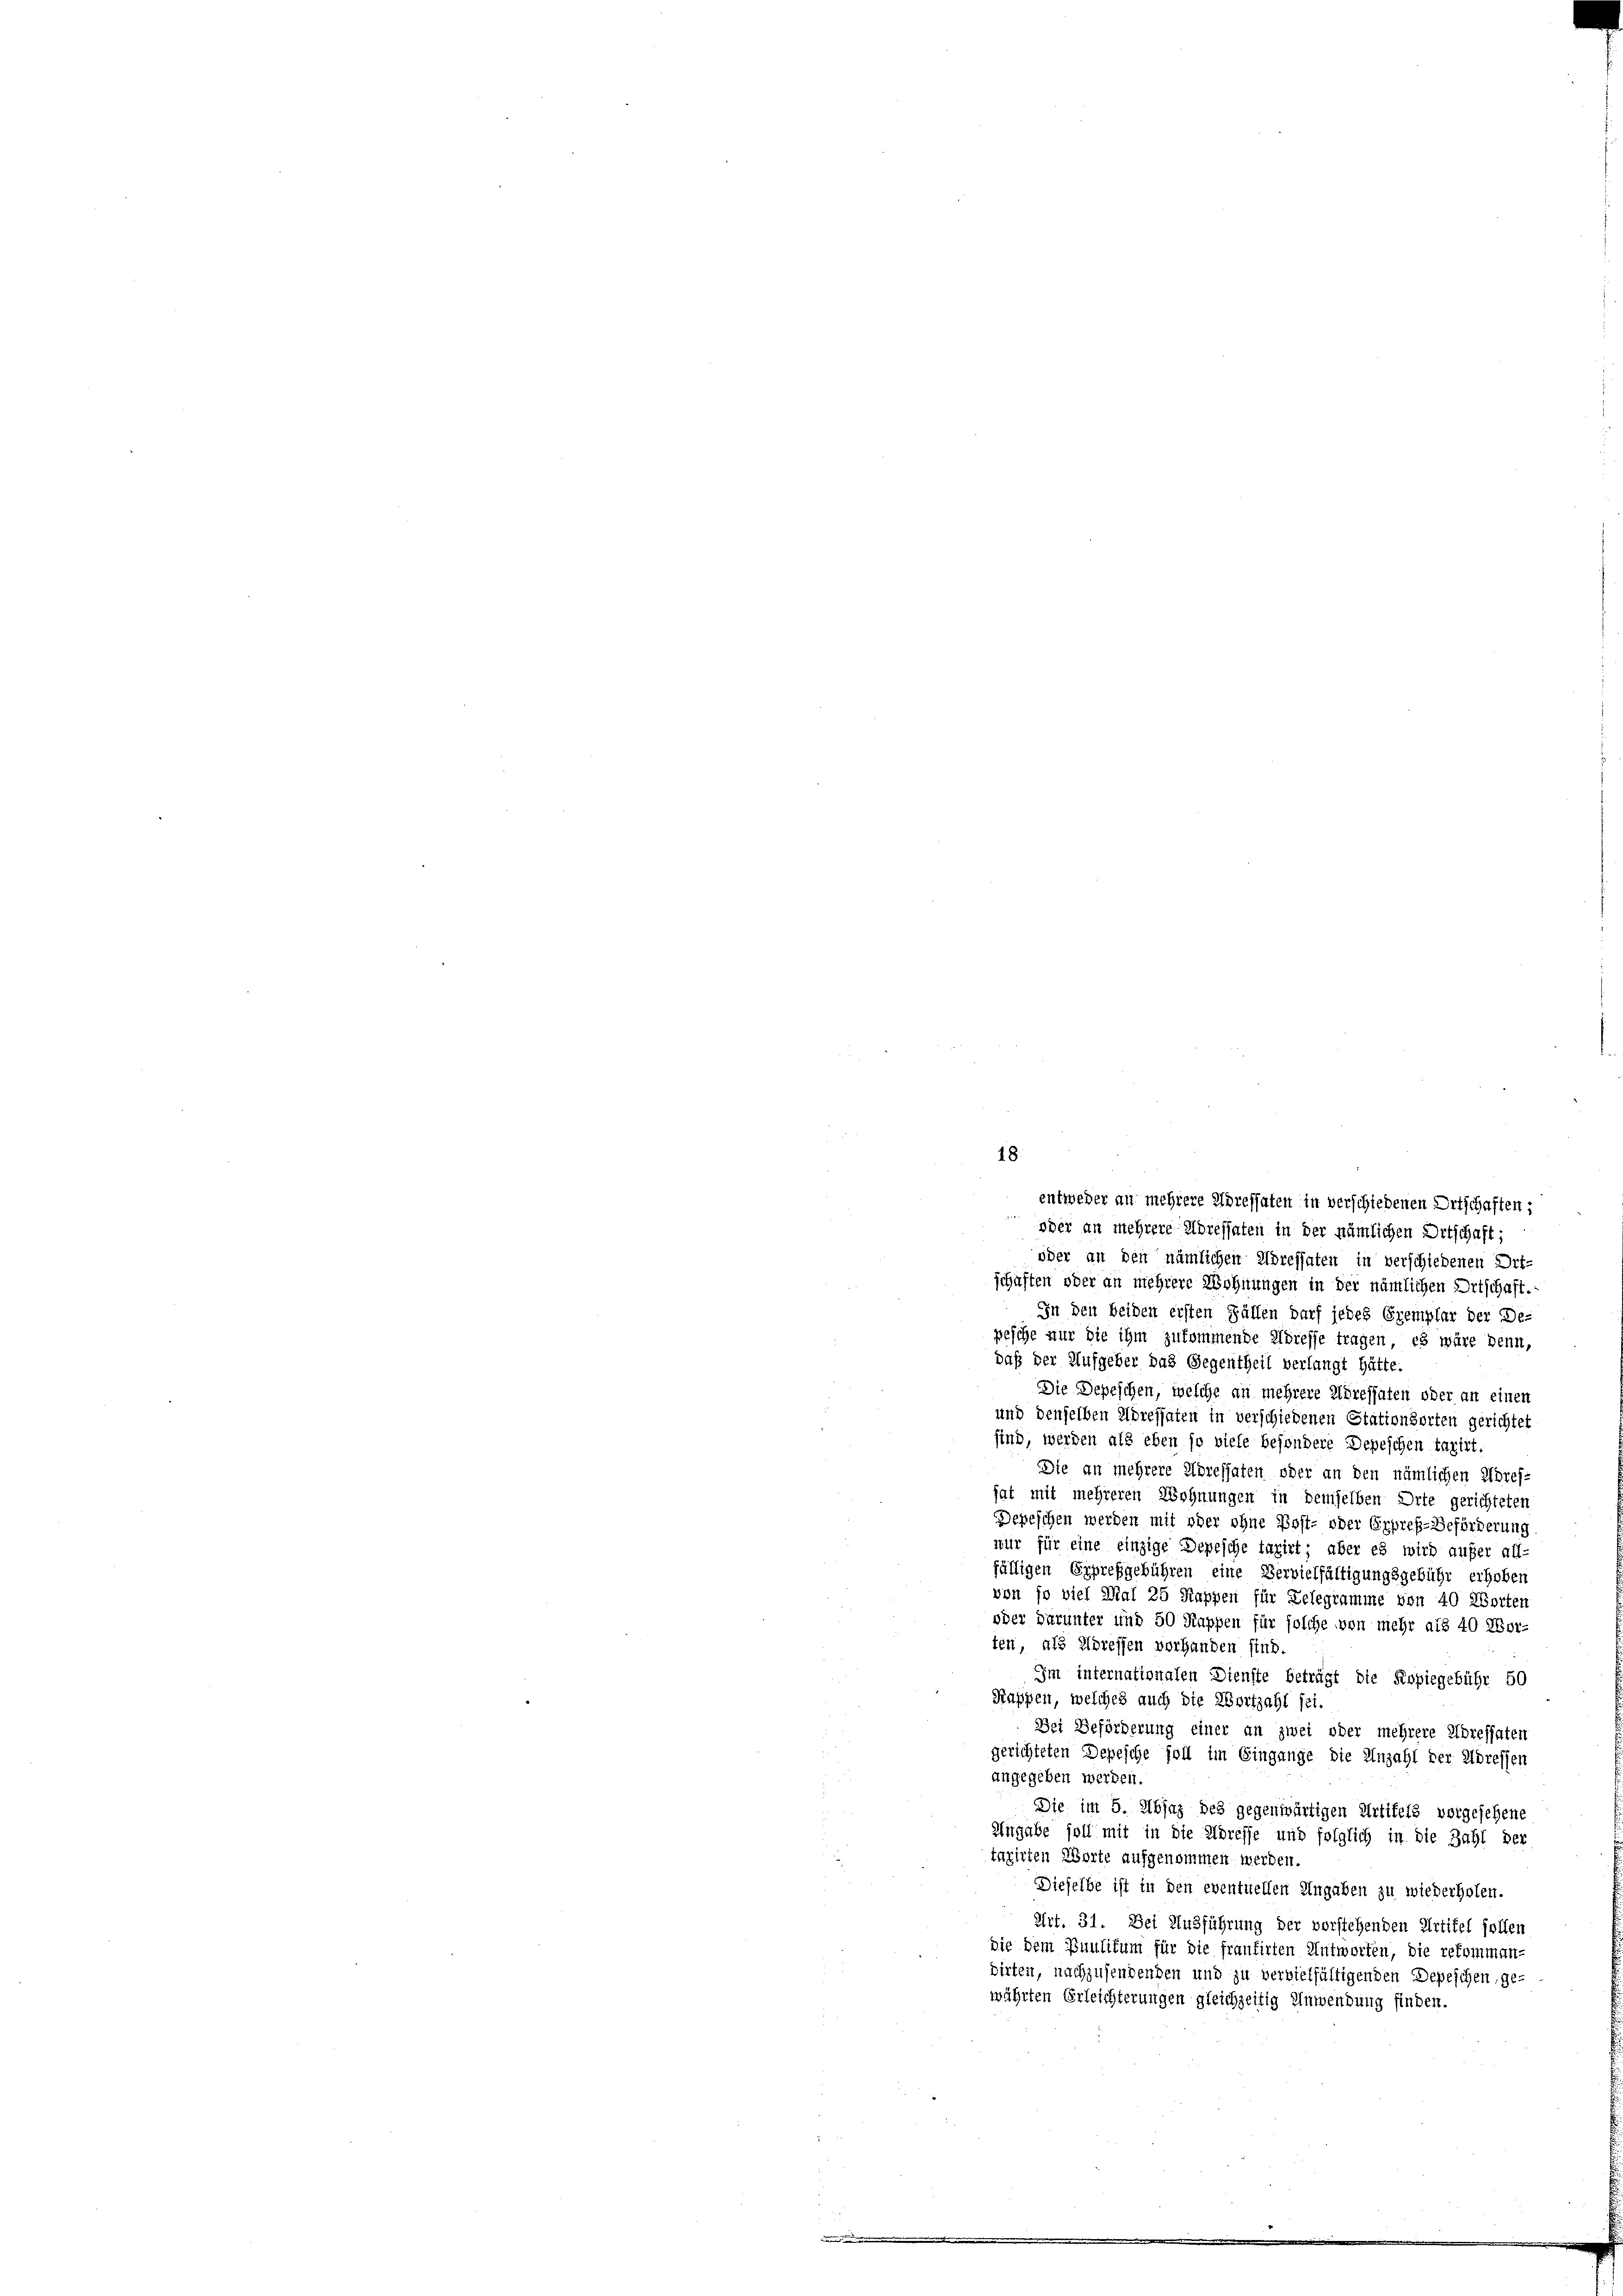
18.

oder an mehrere Adressaten in der nämlichen Ortschaft;
oder an den nämlichen Adressaten in verschiedenen Ort-
schaften oder an mehrere Wohnungen in der nämlichen Ortschaft.
In den beiden ersten Fällen darf jedes Exemplar der De-
pesche nur die ihm zukommende Adresse tragen, es wäre denn,
daß der Aufgeber das Gegentheil verlangt hätte.
Die Depeschen, welche an mehrere Adressaten oder an einen
und denselben Adressaten in verschiedenen Stationsorten gerichtet
sind, werden als eben so viele besondere Depeschen taxirt.
Die an mehrere Höressaten oder an den nämlichen Ubref-
hat mit mehreren Wohnungen in demselben Orte gerichteten
Depeschen werden mit oder ohne Post- oder Erpres-Beförderung
nur für eine einzige Depesche taxirt; aber es wird aufer all-
fälligen Erprefgebühren eine Vervielfältigungsgebühr erhoben
von so viel Mal 25 Rappen für Telegramme von 40 Worten
oder darunter und 50 Kappen für solche von mehr als 40 Morten, als Adressen vorhanden sind.
Im internationalen Dienste beträgt die Kopiegebühr 50
Kappen, welches auch die Zertzahl sei.
Der Beförderung einer an zwei oder mehrere Adressaten
gerichteten Depesche soll im Eingange die Anzahl der Adressen
angegeben werden.
Die im 5. Absaz des gegenwärtigen Artikels vorgesehene
Angabe soll mit in die Adresse und folglich in die Zahl der
tuzirten Worte aufgenommen werden.
Dieselbe ist in den eventuellen Angaben zu wiederholen.
Art. 31. Bei Ausführung der vorstehenden Artikel sollen
die dem Puulitum für die frantirten Antworten, die reforman-
birten, nachzusendenden und zu vervielfältigenden Depeschen, gewährten Erleichterungen gleichzeitig Anwendung finden.

entweder an mehrere Adressaten in verschiedenen Ortschaften: